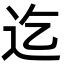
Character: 迄